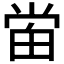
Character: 𰣈